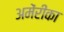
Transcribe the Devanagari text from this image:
अमेंरीका